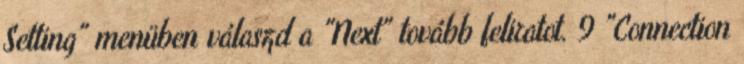
Setting" menüben válaszd a "Next" tovább feliratot. 9 "Connection